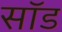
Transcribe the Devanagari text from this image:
सॉड